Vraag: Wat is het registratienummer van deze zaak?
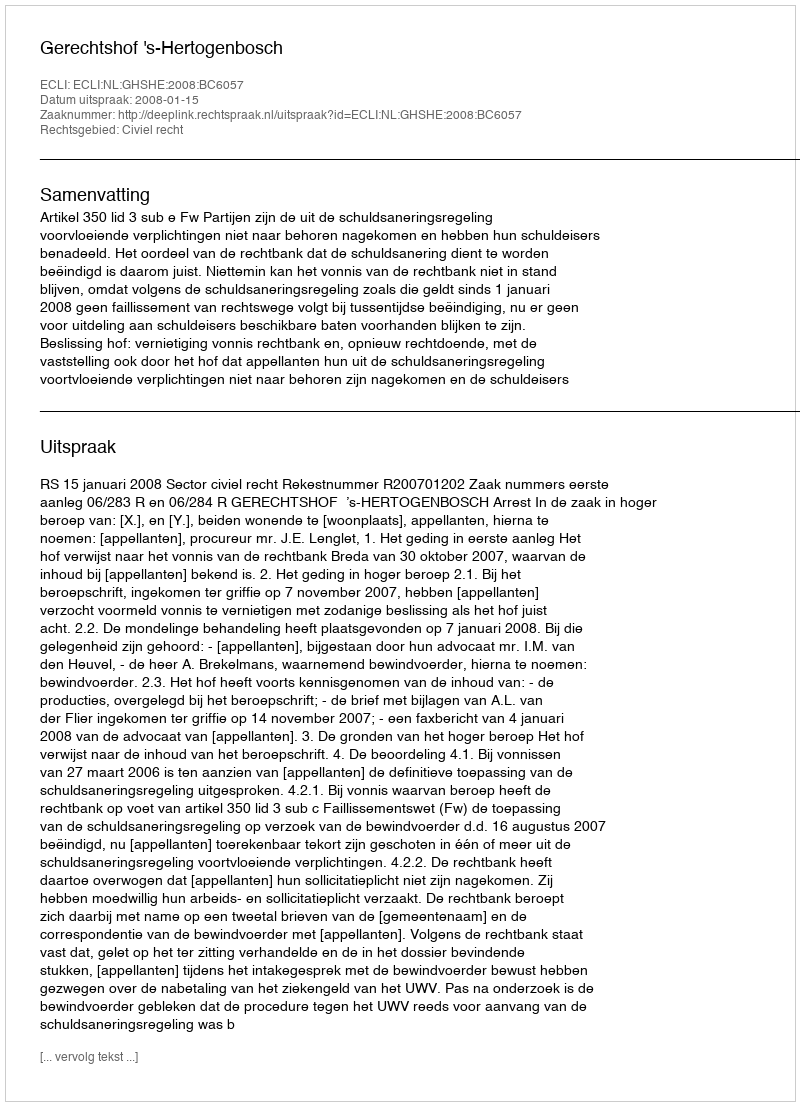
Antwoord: http://deeplink.rechtspraak.nl/uitspraak?id=ECLI:NL:GHSHE:2008:BC6057